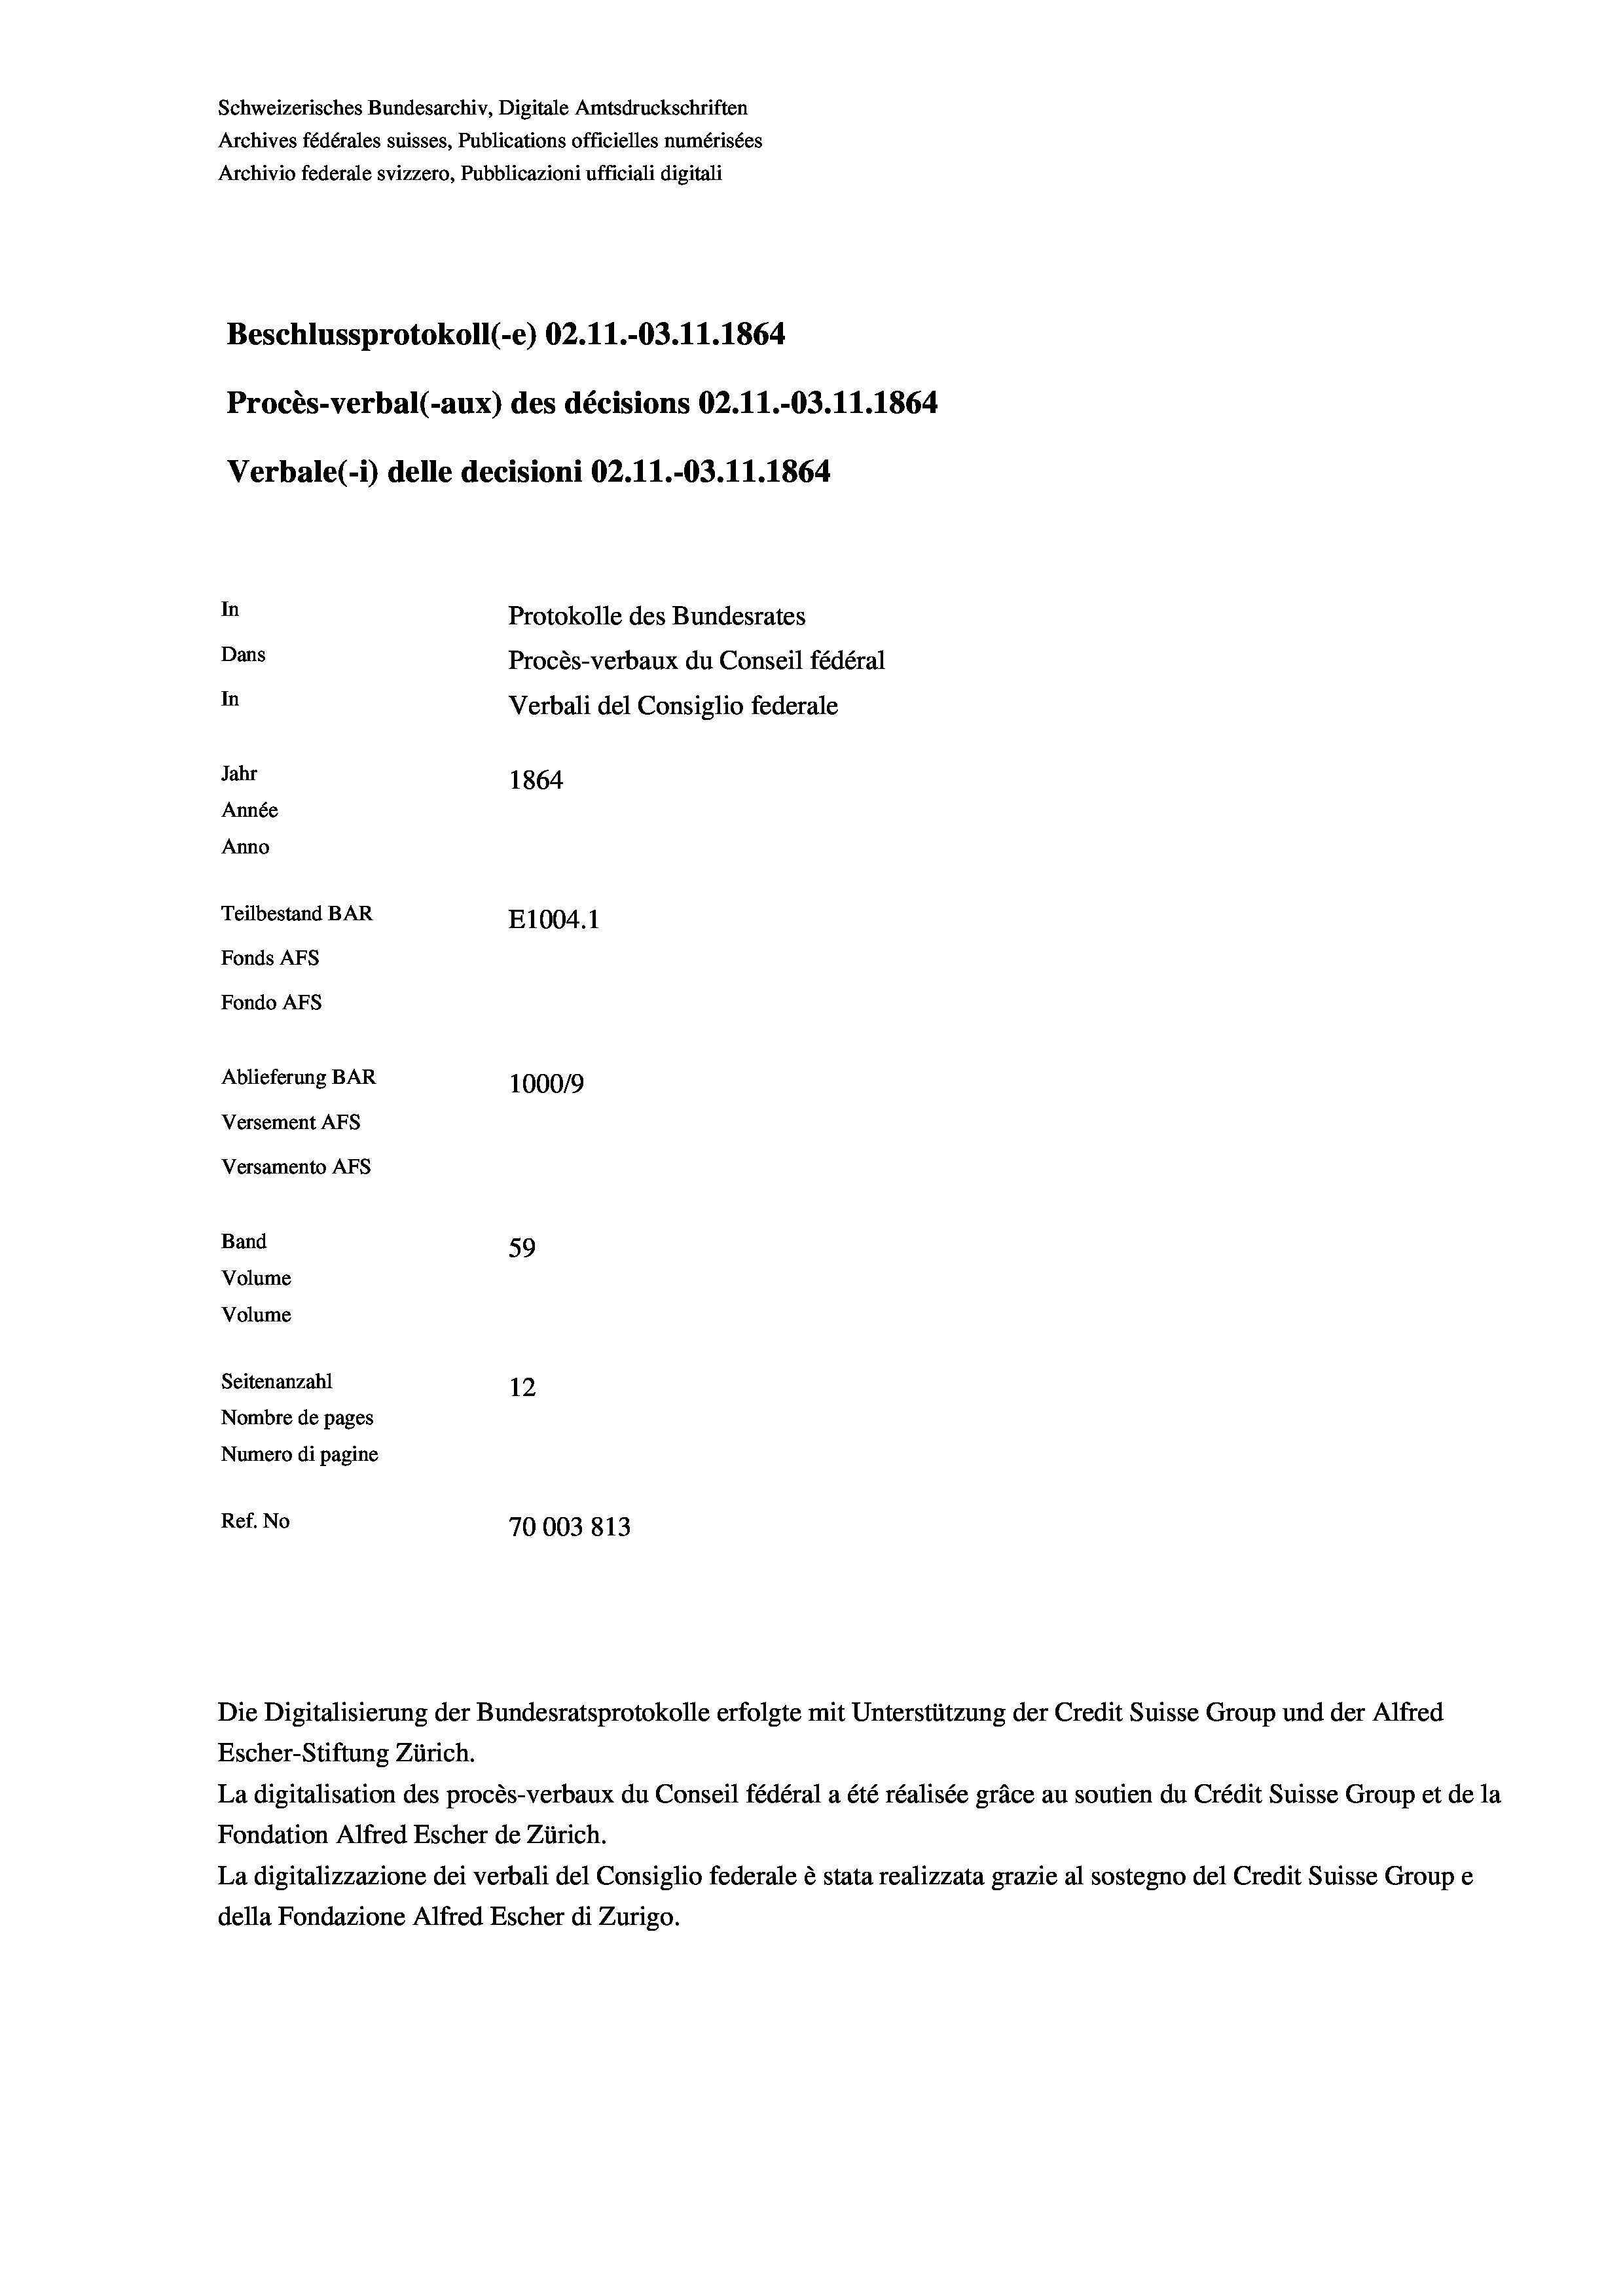
Schweizerisches Bundesarchiv, Digitale Amtsdruckschriften
Archives fédérales suisses, Publications officielles numérisées
Archivio federale svizzero, Pubblicazioni ufficiali digitali
Beschlussprotokoll (-e) 02.11.-03.11.1864
Procès-verbal (-aux) des décisions 02.11.-03.11.1864
Verbale (- 1) delle decisioni 02.11.-03.11.1864.
In
Protokolle des Bundesrates
Dans
Procès-verbaux du Conseil fédéral
In
Verbali del Consiglio federale
Jahr
1864
Année
Anno
Teilbestand BAR
E1004.1
Fonds AFs
Fondo AFs
Ablieferung BAR
100019
Versement As
Versamento AFs

59
Seitenanzahl
12
Nombre de pages
Numero di pagine
Ref. No
70003813

Band
Volume
Volume

Escher-Stiftung Zürich.
La digitalisation des procès-verbaux du Conseil fédéral a été réalisée gräce au soutien du Crédit Suisse Group et de la
Fondation Alfred Escher de Zürich.
La digitalizzazione dei verbali del Consiglio federale è stata realizzata grazie al sostegno del Credit Suisse Groupe
della Fondazione Alfred Escher di Zurigo.

Die Digitalisierung der Bundesratsprotokolle erfolgte mit Unterstützung der Credit Suisse Group und der Alfred